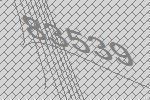
83539